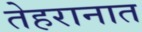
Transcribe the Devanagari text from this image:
तेहरानात